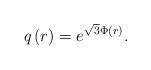
LaTeX: \begin{align*}q\left(r\right)=e^{\sqrt{3}\Phi\left(r\right)}.\end{align*}